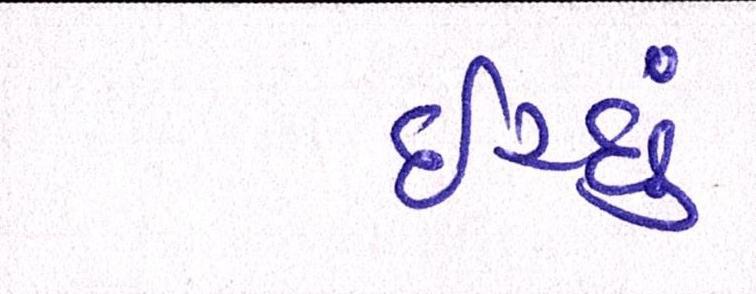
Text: ઈચ્છું